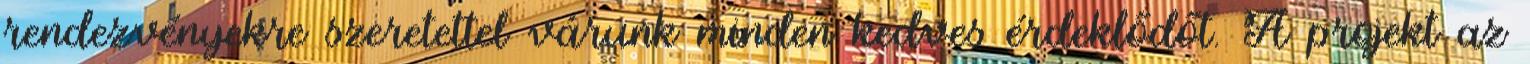
rendezvényekre szeretettel várunk minden kedves érdeklődőt. A projekt az